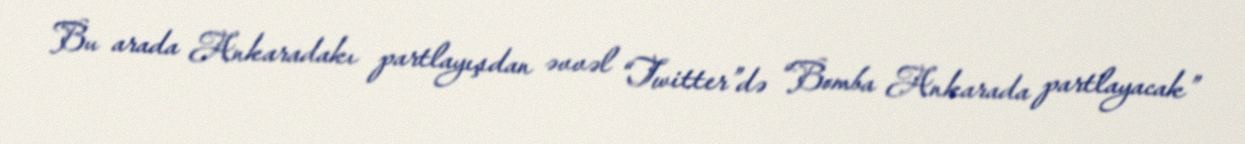
Bu arada Ankaradakı partlayışdan əvvəl “Twitter”də “Bomba Ankarada partlayacak”